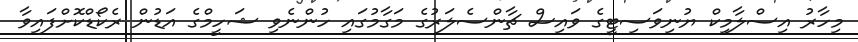
މިހާރު އިސްލާމިކް ޔުނިވަސިޓީގެ ވައިސް ޗާންސެލަރުގެ މަގާމުގައި ހުންނެވި ޝަހީމްގެ އަޑުން ރެކޯޑްކޮށްފައިވާ